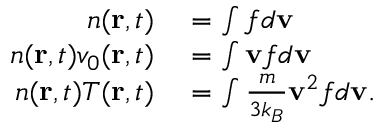
\begin{array} { r l } { n ( \mathbf { r } , t ) } & { { } = \int f d \mathbf { v } } \\ { n ( \mathbf { r } , t ) v _ { 0 } ( \mathbf { r } , t ) } & { { } = \int \mathbf { v } f d \mathbf { v } } \\ { n ( \mathbf { r } , t ) T ( \mathbf { r } , t ) } & { { } = \int { \frac { m } { 3 k _ { B } } } \mathbf { v } ^ { 2 } f d \mathbf { v } . } \end{array}